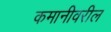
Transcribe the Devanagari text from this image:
कमानीवरील